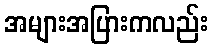
အများအပြားကလည်း